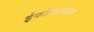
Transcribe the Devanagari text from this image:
ईकोफ़ायला